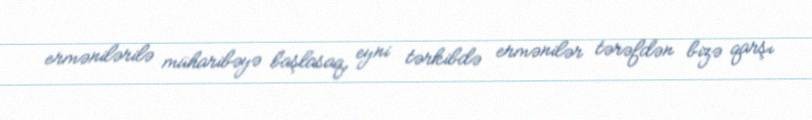
ermənilərilə müharibəyə başlasaq, eyni tərkibdə ermənilər tərəfdən bizə qarşı